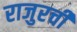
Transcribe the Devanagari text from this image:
राजुरची